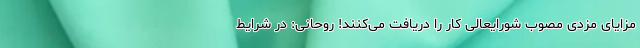
مزایای مزدی مصوب شورایعالی کار را دریافت می‌کنند! روحانی: در شرایط